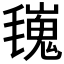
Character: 𣰏